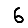
Digit: 6